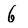
Character: 6